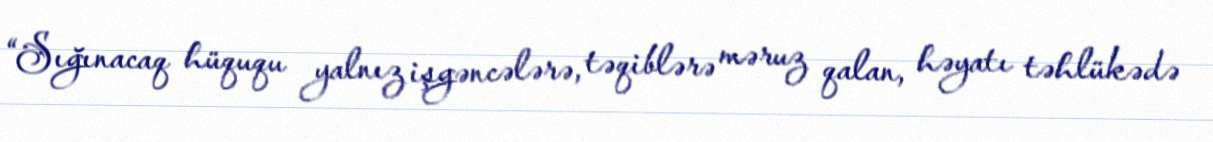
“Sığınacaq hüququ yalnız işgəncələrə, təqiblərə məruz qalan, həyatı təhlükədə